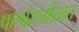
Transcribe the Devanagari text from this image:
पार्श्वसंगीतात